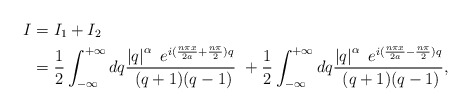
\begin{align*}I & =I_{1}+I_{2}\\& =\frac{1}{2}\int_{-\infty}^{+\infty}dq\frac{\left\vert q\right\vert^{\alpha}\ e^{i(\frac{n\pi x}{2a}+\frac{n\pi}{2})q}}{\ (q+1)(q-1)}\ +\frac{1}{2}\int_{-\infty}^{+\infty}dq\frac{\left\vert q\right\vert^{\alpha}\ e^{i(\frac{n\pi x}{2a}-\frac{n\pi}{2})q}}{\ (q+1)(q-1)},\end{align*}